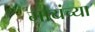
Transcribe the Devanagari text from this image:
मायंच्या